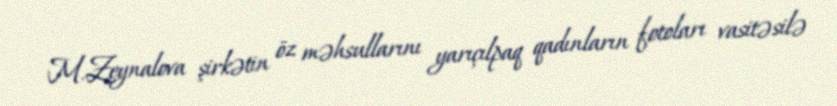
M.Zeynalova şirkətin öz məhsullarını yarıçılpaq qadınların fotoları vasitəsilə